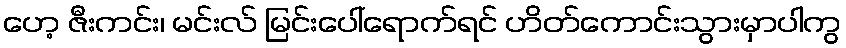
ဟေ့ ဇီးကင်း၊ မင်းလ် မြင်းပေါ်ရောက်ရင် ဟိတ်ကောင်းသွားမှာပါကွ